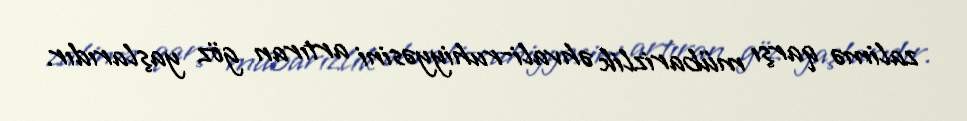
zalimə qarşı mübarizlik əhvali-ruhiyyəsini artıran göz yaşlarıdır.